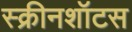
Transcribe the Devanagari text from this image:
स्क्रीनशॉटस